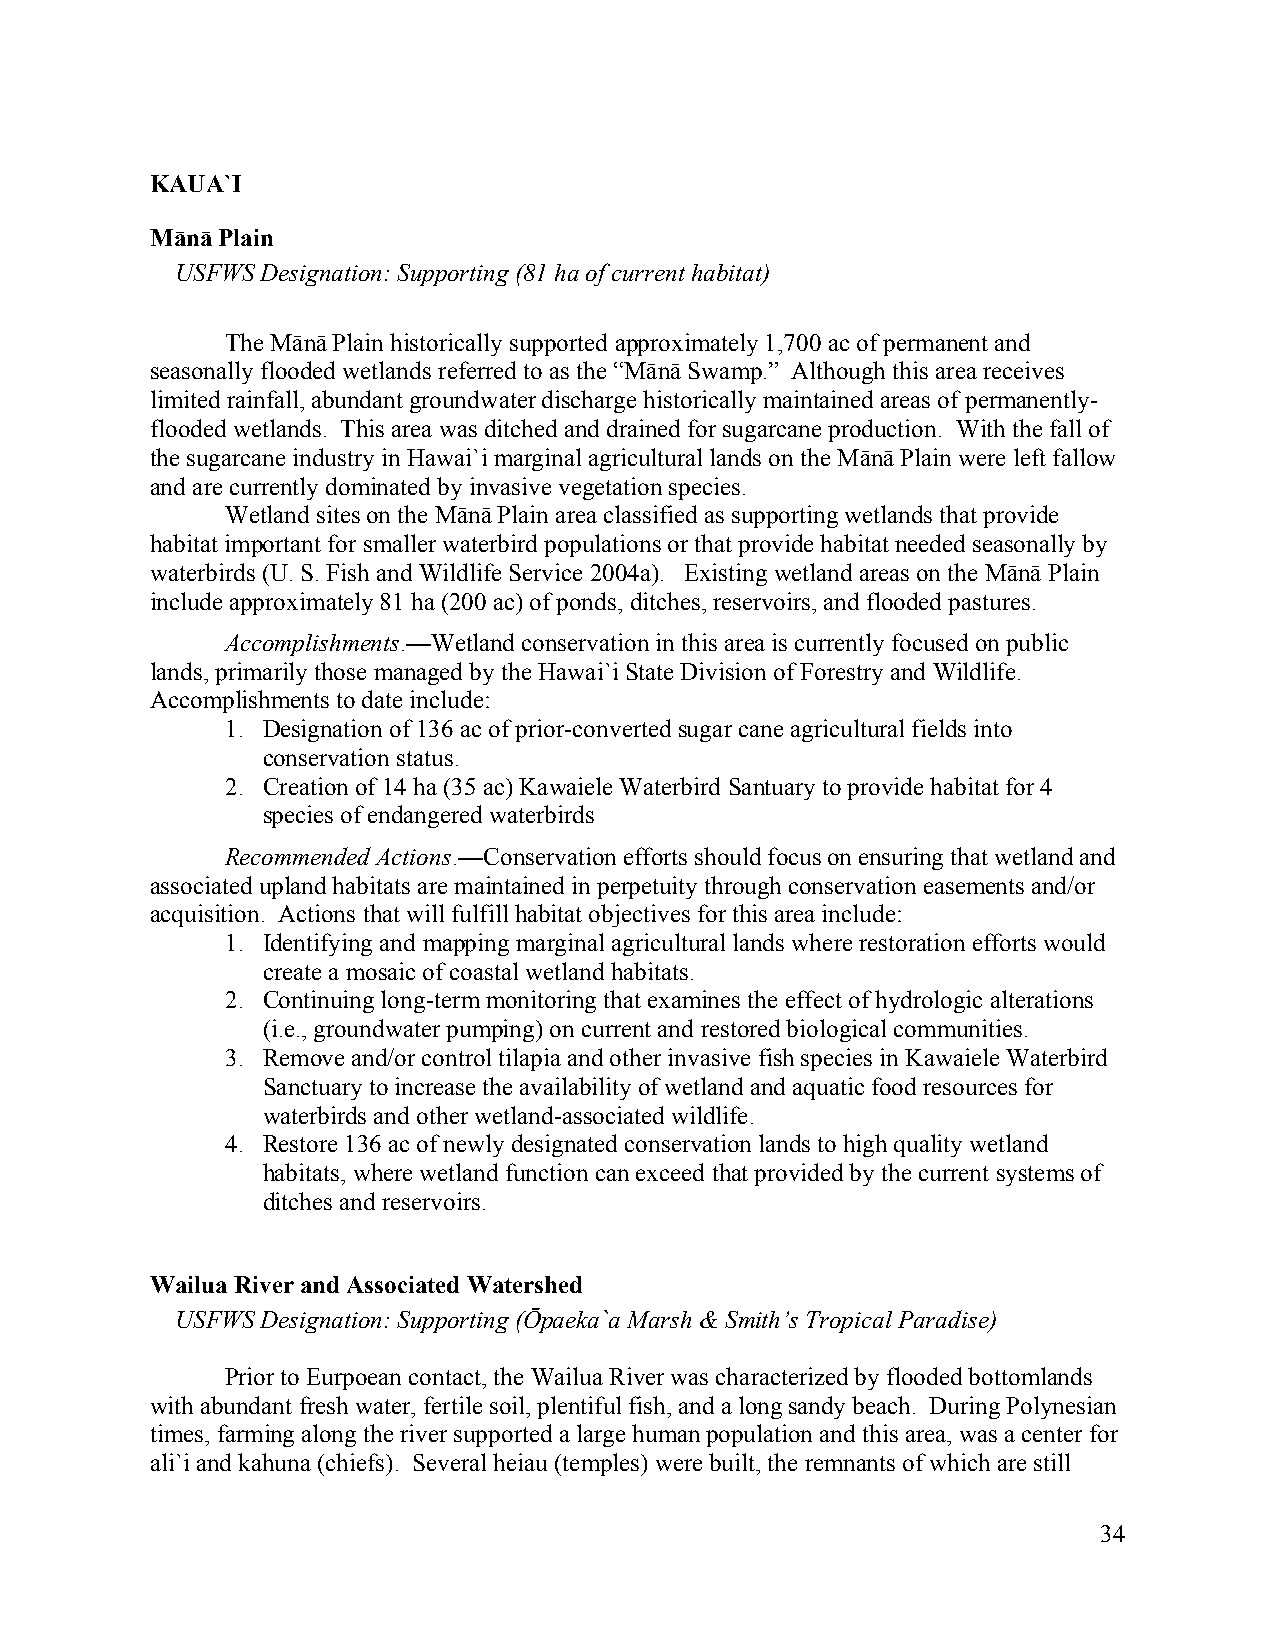
KAUA`I
 Mānā Plain
 USFWS Designation: Supporting (81 ha of current habitat)
 The Mānā Plain historically supported approximately 1,700 ac of permanent and
 seasonally flooded wetlands referred to as the “Mānā Swamp.” Although this area receives
 limited rainfall, abundant groundwater discharge historically maintained areas of permanently-
 flooded wetlands. This area was ditched and drained for sugarcane production. With the fall of
 the sugarcane industry in Hawai`i marginal agricultural lands on the Mānā Plain were left fallow
 and are currently dominated by invasive vegetation species.
 Wetland sites on the Mānā Plain area classified as supporting wetlands that provide
 habitat important for smaller waterbird populations or that provide habitat needed seasonally by
 waterbirds (U. S. Fish and Wildlife Service 2004a). Existing wetland areas on the Mānā Plain
 include approximately 81 ha (200 ac) of ponds, ditches, reservoirs, and flooded pastures.
 Accomplishments.—Wetland conservation in this area is currently focused on public
 lands, primarily those managed by the Hawai`i State Division of Forestry and Wildlife.
 Accomplishments to date include:
 1. Designation of 136 ac of prior-converted sugar cane agricultural fields into
 conservation status.
 2. Creation of 14 ha (35 ac) Kawaiele Waterbird Santuary to provide habitat for 4
 species of endangered waterbirds
 Recommended Actions.—Conservation efforts should focus on ensuring that wetland and
 associated upland habitats are maintained in perpetuity through conservation easements and/or
 acquisition. Actions that will fulfill habitat objectives for this area include:
 1. Identifying and mapping marginal agricultural lands where restoration efforts would
 create a mosaic of coastal wetland habitats.
 2. Continuing long-term monitoring that examines the effect of hydrologic alterations
 (i.e., groundwater pumping) on current and restored biological communities.
 3. Remove and/or control tilapia and other invasive fish species in Kawaiele Waterbird
 Sanctuary to increase the availability of wetland and aquatic food resources for
 waterbirds and other wetland-associated wildlife.
 4. Restore 136 ac of newly designated conservation lands to high quality wetland
 habitats, where wetland function can exceed that provided by the current systems of
 ditches and reservoirs.
 Wailua River and Associated Watershed
 USFWS Designation: Supporting (Ōpaeka`a Marsh & Smith’s Tropical Paradise)
 Prior to Eurpoean contact, the Wailua River was characterized by flooded bottomlands
 with abundant fresh water, fertile soil, plentiful fish, and a long sandy beach. During Polynesian
 times, farming along the river supported a large human population and this area, was a center for
 ali`i and kahuna (chiefs). Several heiau (temples) were built, the remnants of which are still
 34